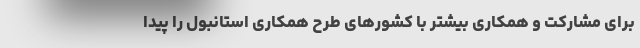
برای مشارکت و همکاری بیشتر با کشورهای طرح همکاری استانبول را پیدا